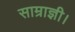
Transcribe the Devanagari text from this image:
साम्राज्ञी।